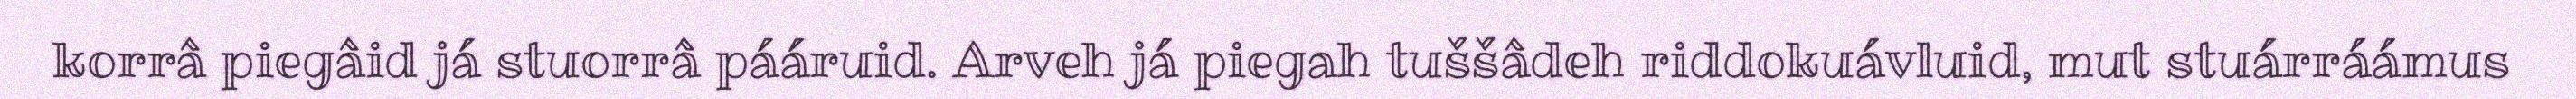
korrâ piegâid já stuorrâ pááruid. Arveh já piegah tuššâdeh riddokuávluid, mut stuárráámus